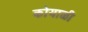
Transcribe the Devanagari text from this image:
कोयाळी